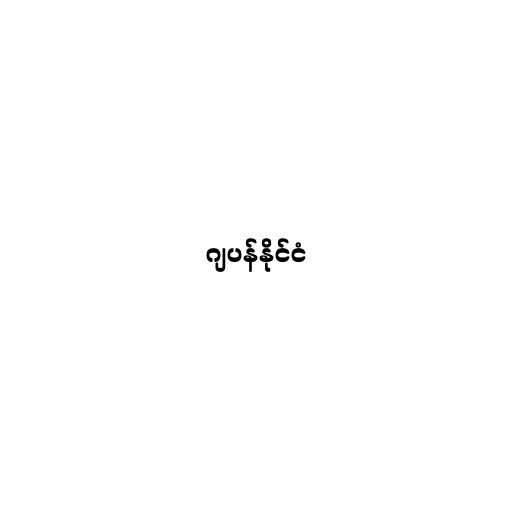
ဂျပန်နိုင်ငံ